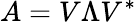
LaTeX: A=V\Lambda V^{*}